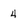
Character: 4